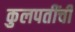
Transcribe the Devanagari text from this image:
कुलपतींची